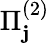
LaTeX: \Pi_{\mathbf{j}}^{(2)}